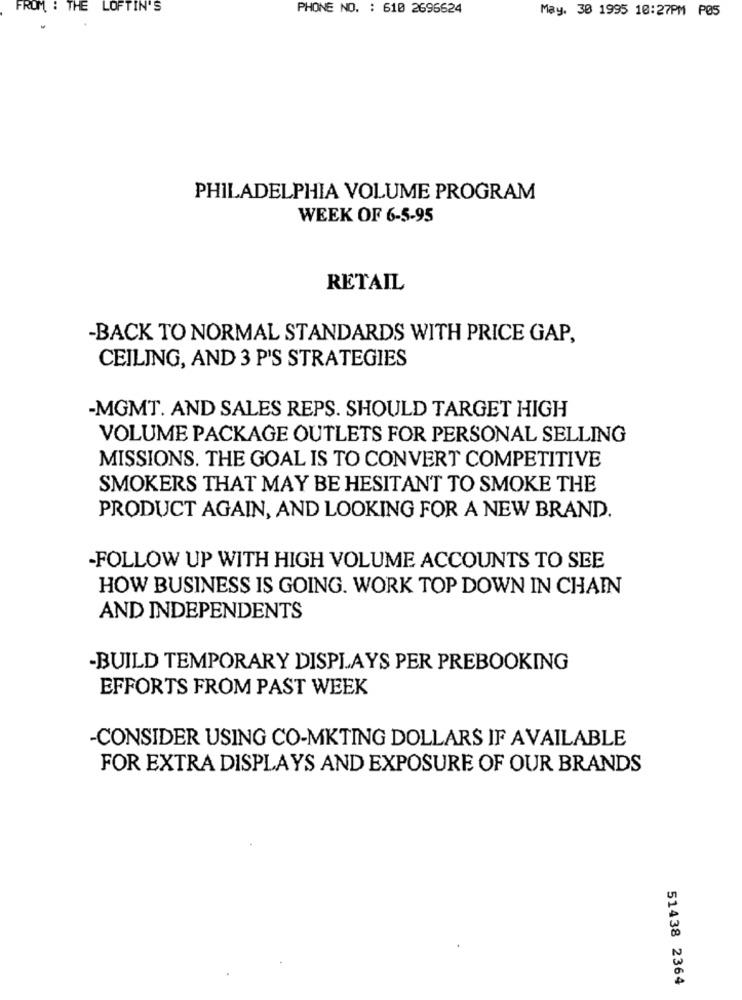
FROM : THE LOFTIN'S
PHONE NO. : 610 2696624
May. 30 1995 10:27PM P05
PHILADELPHIA VOLUME PROGRAM
WEEK OF 6-5-95
RETAIL
-BACK TO NORMAL STANDARDS WITH PRICE GAP,
CEILING, AND 3 P'S STRATEGIES
-MGMT. AND SALES REPS. SHOULD TARGET HIGH
VOLUME PACKAGE OUTLETS FOR PERSONAL SELLING
MISSIONS. THE GOAL IS TO CONVERT COMPETITIVE
SMOKERS THAT MAY BE HESITANT TO SMOKE THE
PRODUCT AGAIN, AND LOOKING FOR A NEW BRAND.
-FOLLOW UP WITH HIGH VOLUME ACCOUNTS TO SEE
HOW BUSINESS IS GOING. WORK TOP DOWN IN CHAIN
AND INDEPENDENTS
-BUILD TEMPORARY DISPLAYS PER PREBOOKING
EFFORTS FROM PAST WEEK
-CONSIDER USING CO-MKTING DOLLARS IF AVAILABLE
FOR EXTRA DISPLAYS AND EXPOSURE OF OUR BRANDS
51438 2364